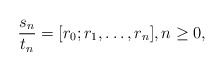
\begin{align*}\frac{s_{n}}{t_{n}}=[r_{0};r_{1},\ldots,r_{n}], n\geq 0,\end{align*}